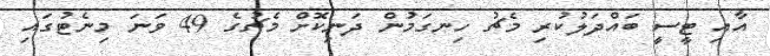
އާއި ޓީސީ ބައްދަލުކުރި މެޗު ހިނގަމުން ދަނިކޮށް މެޗުގެ 49 ވަނަ މިނެޓުގައި